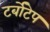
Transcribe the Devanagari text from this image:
टर्बोटेप